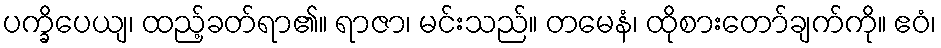
ပက္ခိပေယျ၊ ထည့်ခတ်ရာ၏။ ရာဇာ၊ မင်းသည်။ တမေနံ၊ ထိုစားတော်ချက်ကို။ ဧဝံ၊